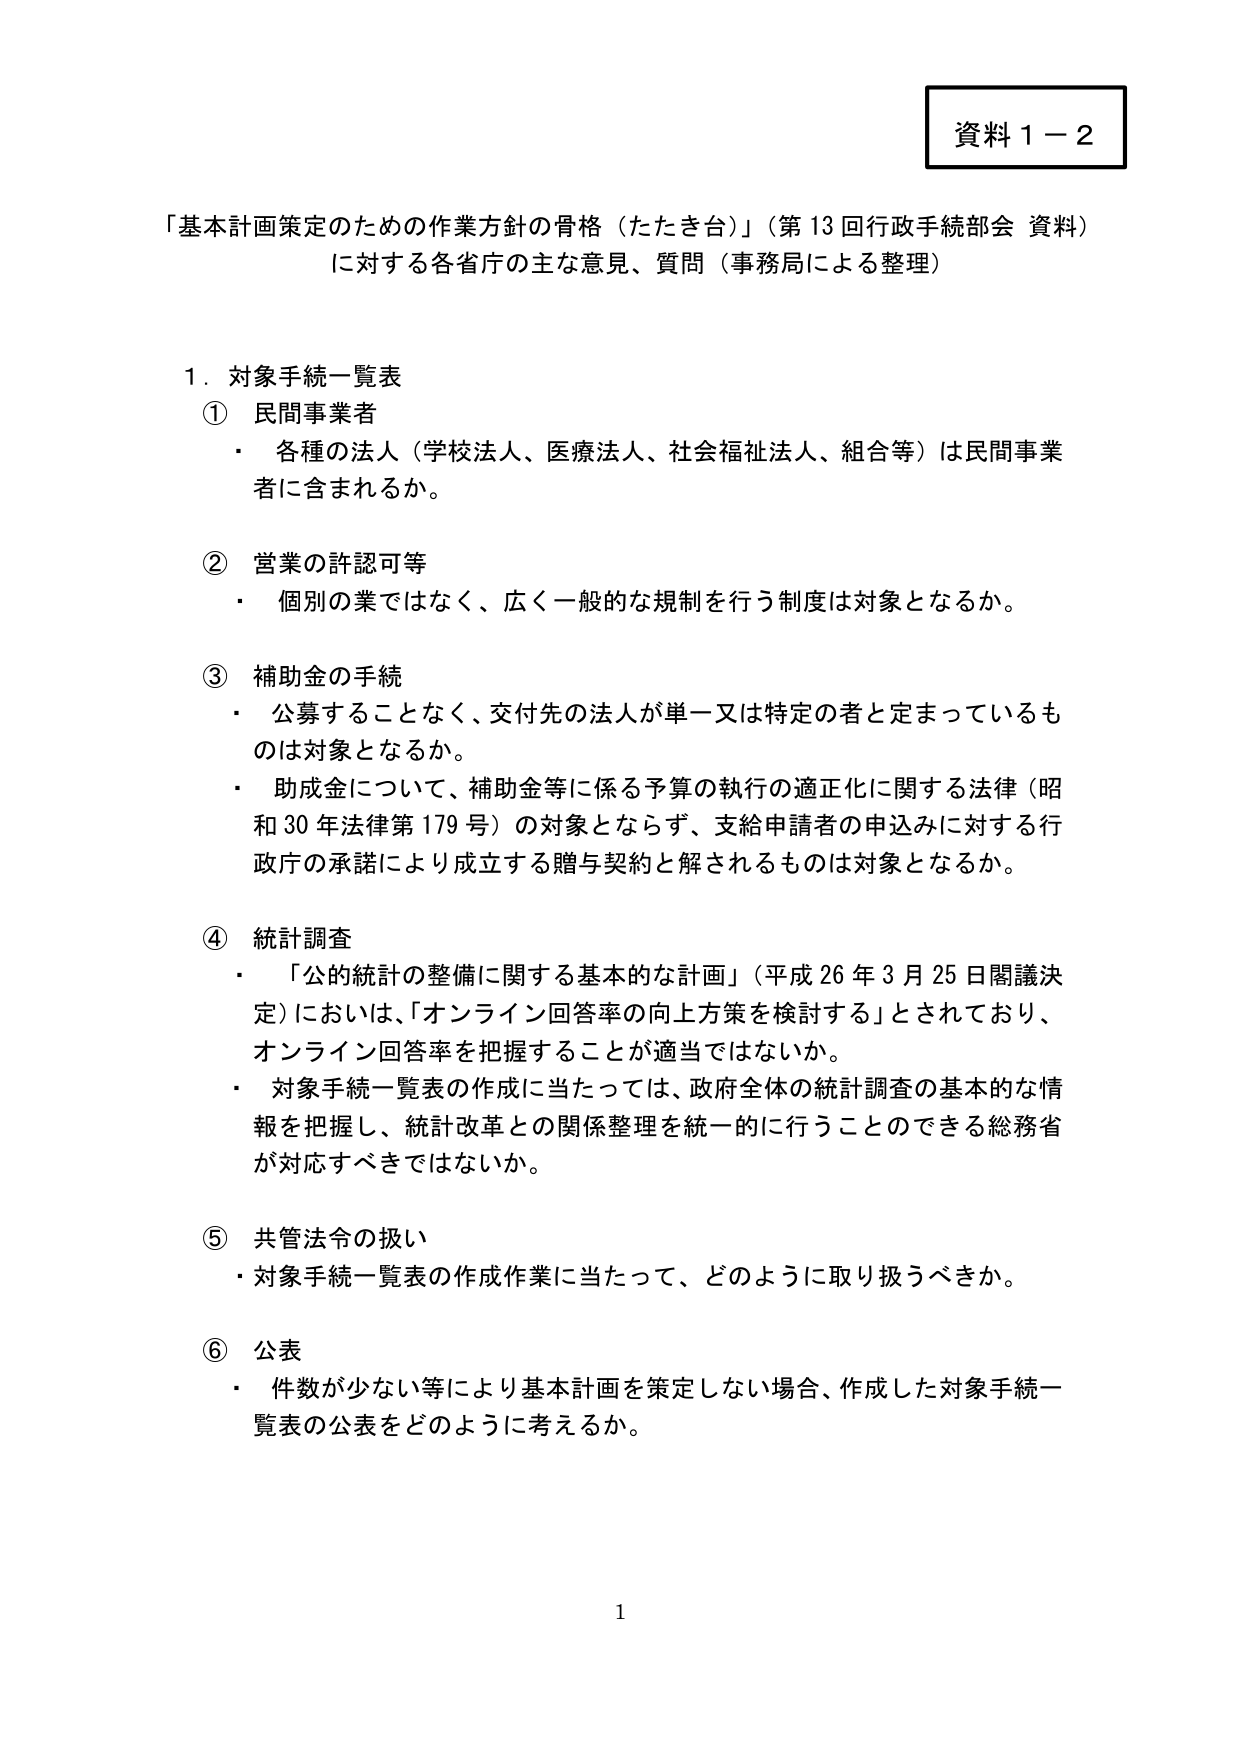
資料１－２

「基本計画策定のための作業方針の骨格（たたき台）」（第13回行政手続部会 資料）
に対する各省庁の主な意見、質問（事務局による整理）

１．対象手続一覧表
① 民間事業者
・ 各種の法人（学校法人、医療法人、社会福祉法人、組合等）は民間事業者に含まれるか。

② 営業の許認可等
・ 個別の業ではなく、広く一般的な規制を行う制度は対象となるか。

③ 補助金の手続
・ 公募することなく、交付先の法人が単一又は特定の者と定まっているものは対象となるか。
・ 助成金について、補助金等に係る予算の執行の適正化に関する法律（昭和30年法律第179号）の対象とならず、支給申請者の申込みに対する行政庁の承諾により成立する贈与契約と解されるものは対象となるか。

④ 統計調査
・ 「公的統計の整備に関する基本的な計画」（平成26年3月25日閣議決定）においては、「オンライン回答率の向上方策を検討する」とされており、オンライン回答率を把握することが適当ではないか。
・ 対象手続一覧表の作成に当たっては、政府全体の統計調査の基本的な情報を把握し、統計改革との関係整理を統一的に行うことができる総務省が対応すべきではないか。

⑤ 共管法令の扱い
・ 対象手続一覧表の作成作業に当たって、どのように取り扱うべきか。

⑥ 公表
・ 件数が少ない等により基本計画を策定しない場合、作成した対象手続一覧表の公表をどのように考えるか。

1